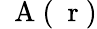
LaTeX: \mathrm{~\mathbf~A~}(\mathrm{~\mathbf~r~})